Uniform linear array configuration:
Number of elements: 4
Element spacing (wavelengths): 0.75
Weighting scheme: cosine
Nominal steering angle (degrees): -60
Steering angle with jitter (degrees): -61.829
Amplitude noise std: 0.05
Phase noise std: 0.05

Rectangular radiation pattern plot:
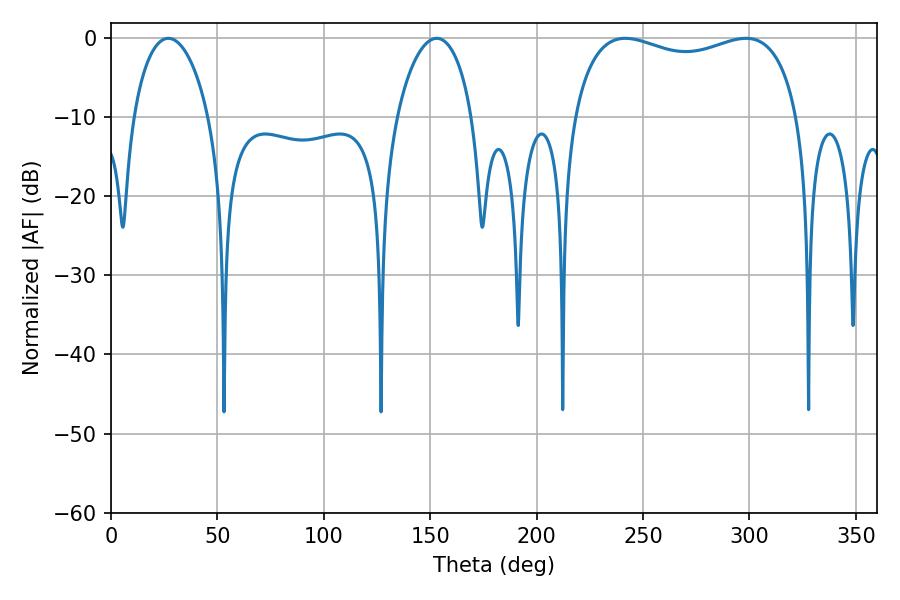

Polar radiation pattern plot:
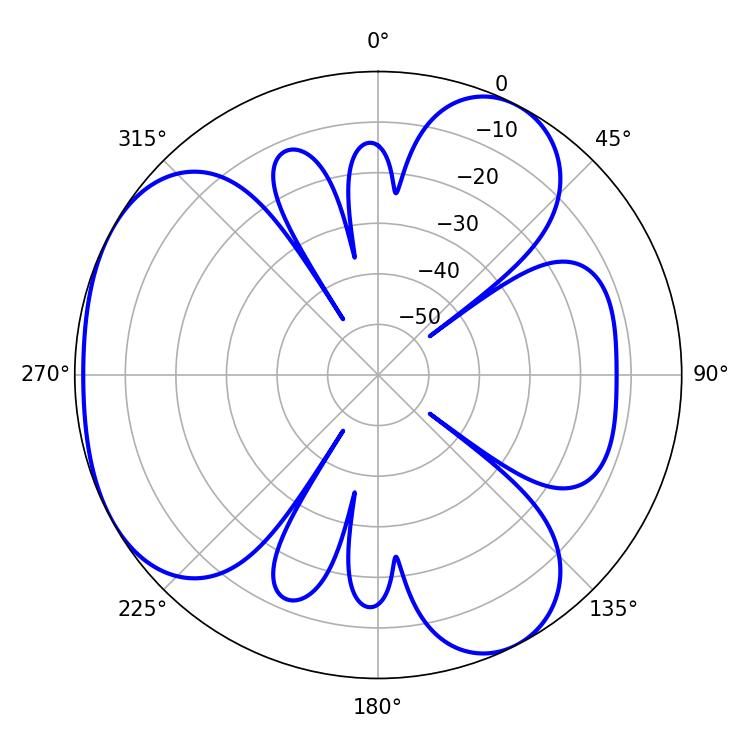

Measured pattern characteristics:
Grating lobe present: TRUE
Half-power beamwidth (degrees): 87.12
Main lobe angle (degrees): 241.74